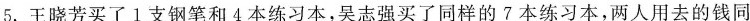
5. 王晓芳买了 1 支钢笔和 4 本练习本，吴志强买了同样的 7 本练习本，两人用去的钱同